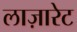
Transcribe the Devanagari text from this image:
लाज़ारेट